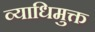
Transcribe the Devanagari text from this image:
व्याधिमुक्त